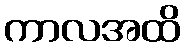
ကာလအထိ